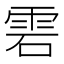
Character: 雼